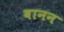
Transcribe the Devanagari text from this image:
बानन